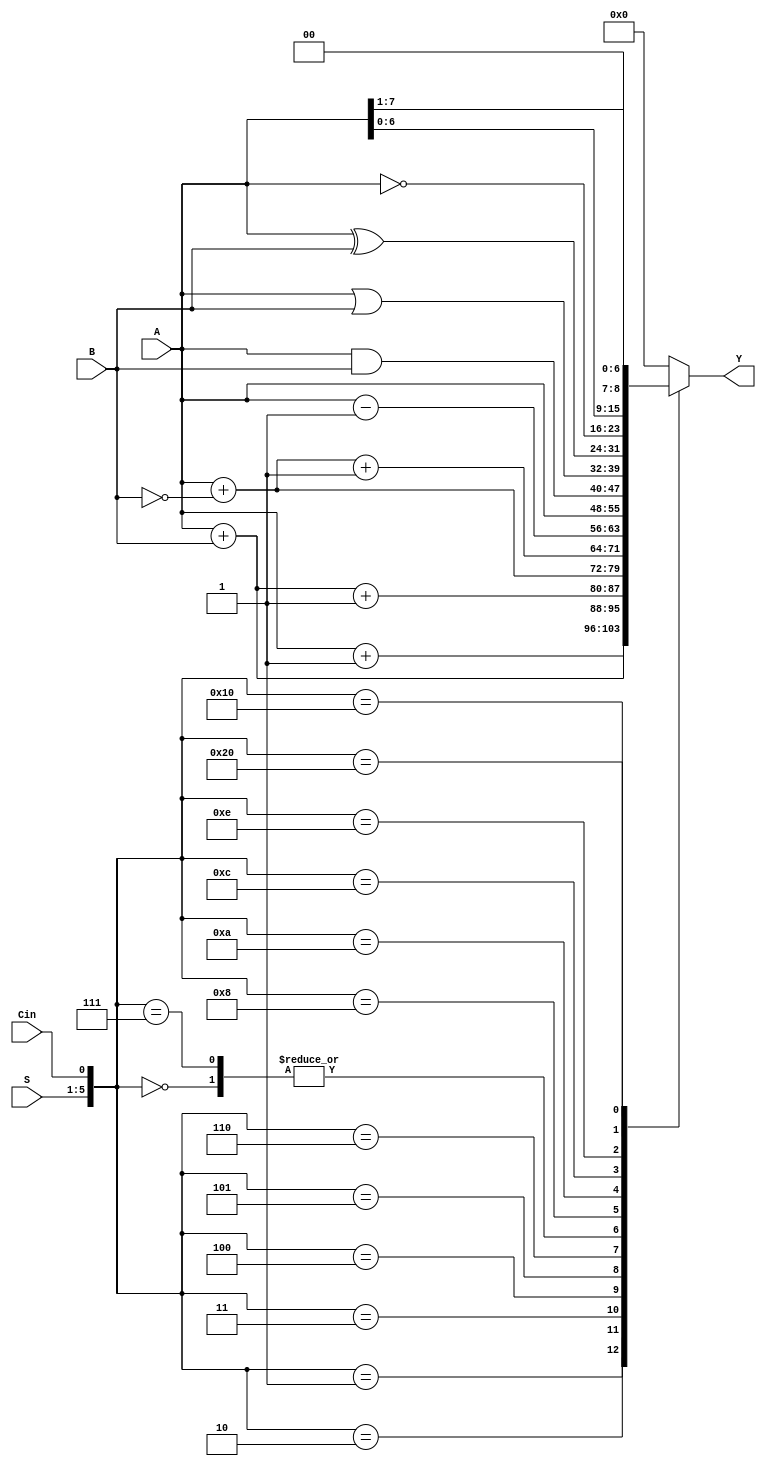
module alu(
    input [4:0] S,
    input Cin,
    input [7:0] A,      // operator A
    input [7:0] B,      // operator B
    output reg [7:0] Y 
);

always @(*) begin
    case({S, Cin})
        6'b000000: Y <= A;
        6'b000001: Y <= A + 1;
        6'b000010: Y <= A + B;
        6'b000011: Y <= A + B + 1;
        6'b000100: Y <= A + (~B);
        6'b000101: Y <= A + (~B) + 1;
        6'b000110: Y <= A - 1;
        6'b000111: Y <= A;
        6'b001000: Y <= A & B;
        6'b001010: Y <= A | B;
        6'b001100: Y <= A ^ B;
        6'b001110: Y <= ~A;
        6'b010000: Y <= A << 1;
        6'b100000: Y <= A >> 1;
        6'b110000: Y <= 0;
       
        default: Y = 8'b0;  // default value
    endcase
end

endmodule